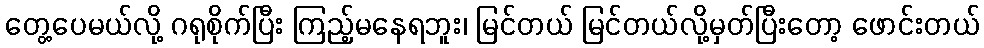
တွေ့ပေမယ်လို့ ဂရုစိုက်ပြီး ကြည့်မနေရဘူး၊ မြင်တယ် မြင်တယ်လို့မှတ်ပြီးတော့ ဖောင်းတယ်